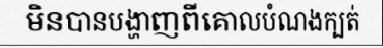
មិនបានបង្ហាញពីគោលបំណងក្បត់